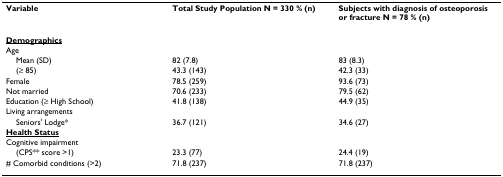
| Variable | Total Study Population N = 330 % (n) | Subjects with diagnosis of osteoporosis or fracture N = 78 % (n) |
 | --- | --- | --- |
 | <underline>Demographics</underline> |  |  |
 | Age |  |  |
 | Mean (SD) | 82 (7.8) | 83 (8.3) |
 | (≥ 85) | 43.3 (143) | 42.3 (33) |
 | Female | 78.5 (259) | 93.6 (73) |
 | Not married | 70.6 (233) | 79.5 (62) |
 | Education (≥ High School) | 41.8 (138) | 44.9 (35) |
 | Living arrangements |  |  |
 | Seniors' Lodge* | 36.7 (121) | 34.6 (27) |
 | <underline>Health Status</underline> |  |  |
 | Cognitive impairment |  |  |
 | (CPS** score >1) | 23.3 (77) | 24.4 (19) |
 | # Comorbid conditions (>2) | 71.8 (237) | 71.8 (237) |